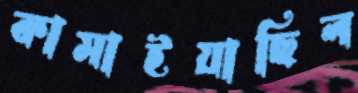
কামাইয়াছিল